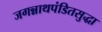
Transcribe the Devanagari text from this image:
जगन्नाथपंडितसुद्धा